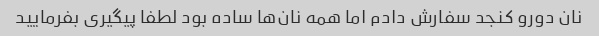
نان دورو کنجد سفارش دادم اما همه نان‌ها ساده بود لطفا پیگیری بفرمایید